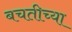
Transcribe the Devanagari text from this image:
बचतीच्या